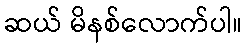
ဆယ် မိနစ်လောက်ပါ။